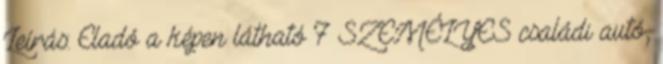
Leírás: Eladó a képen látható 7 SZEMÉLYES családi autó,